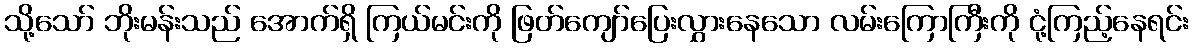
သို့သော် ဘိုးမန်းသည် အောက်ရှိ ကြယ်မင်းကို ဖြတ်ကျော်ပြေးလွှားနေသော လမ်းကြောကြီးကို ငုံ့ကြည့်နေရင်း